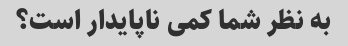
به نظر شما کمی ناپایدار است؟